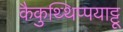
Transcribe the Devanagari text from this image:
कैकुथ्थिप्पयाट्टू